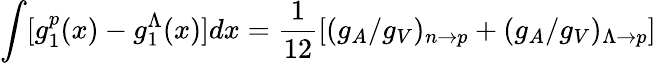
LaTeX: \int[g_{1}^{p}(x)-g_{1}^{\Lambda}(x)]dx={\frac{1}{12}}[(g_{A}/g_{V})_{n\rightarrow p}+(g_{A}/g_{V})_{\Lambda\rightarrow p}]